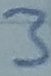
Text: 3